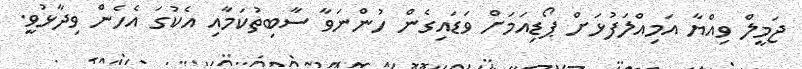
ޖަމީލް ވިއްޔާ އަމިއްލަފުޅަށް ޕޯޑިއަމަށް ވަޑައިގެން ހުންނަވާ ސާބިތުކަމާއި އެކުގަ އެހެން ވިދާޅުވީ.